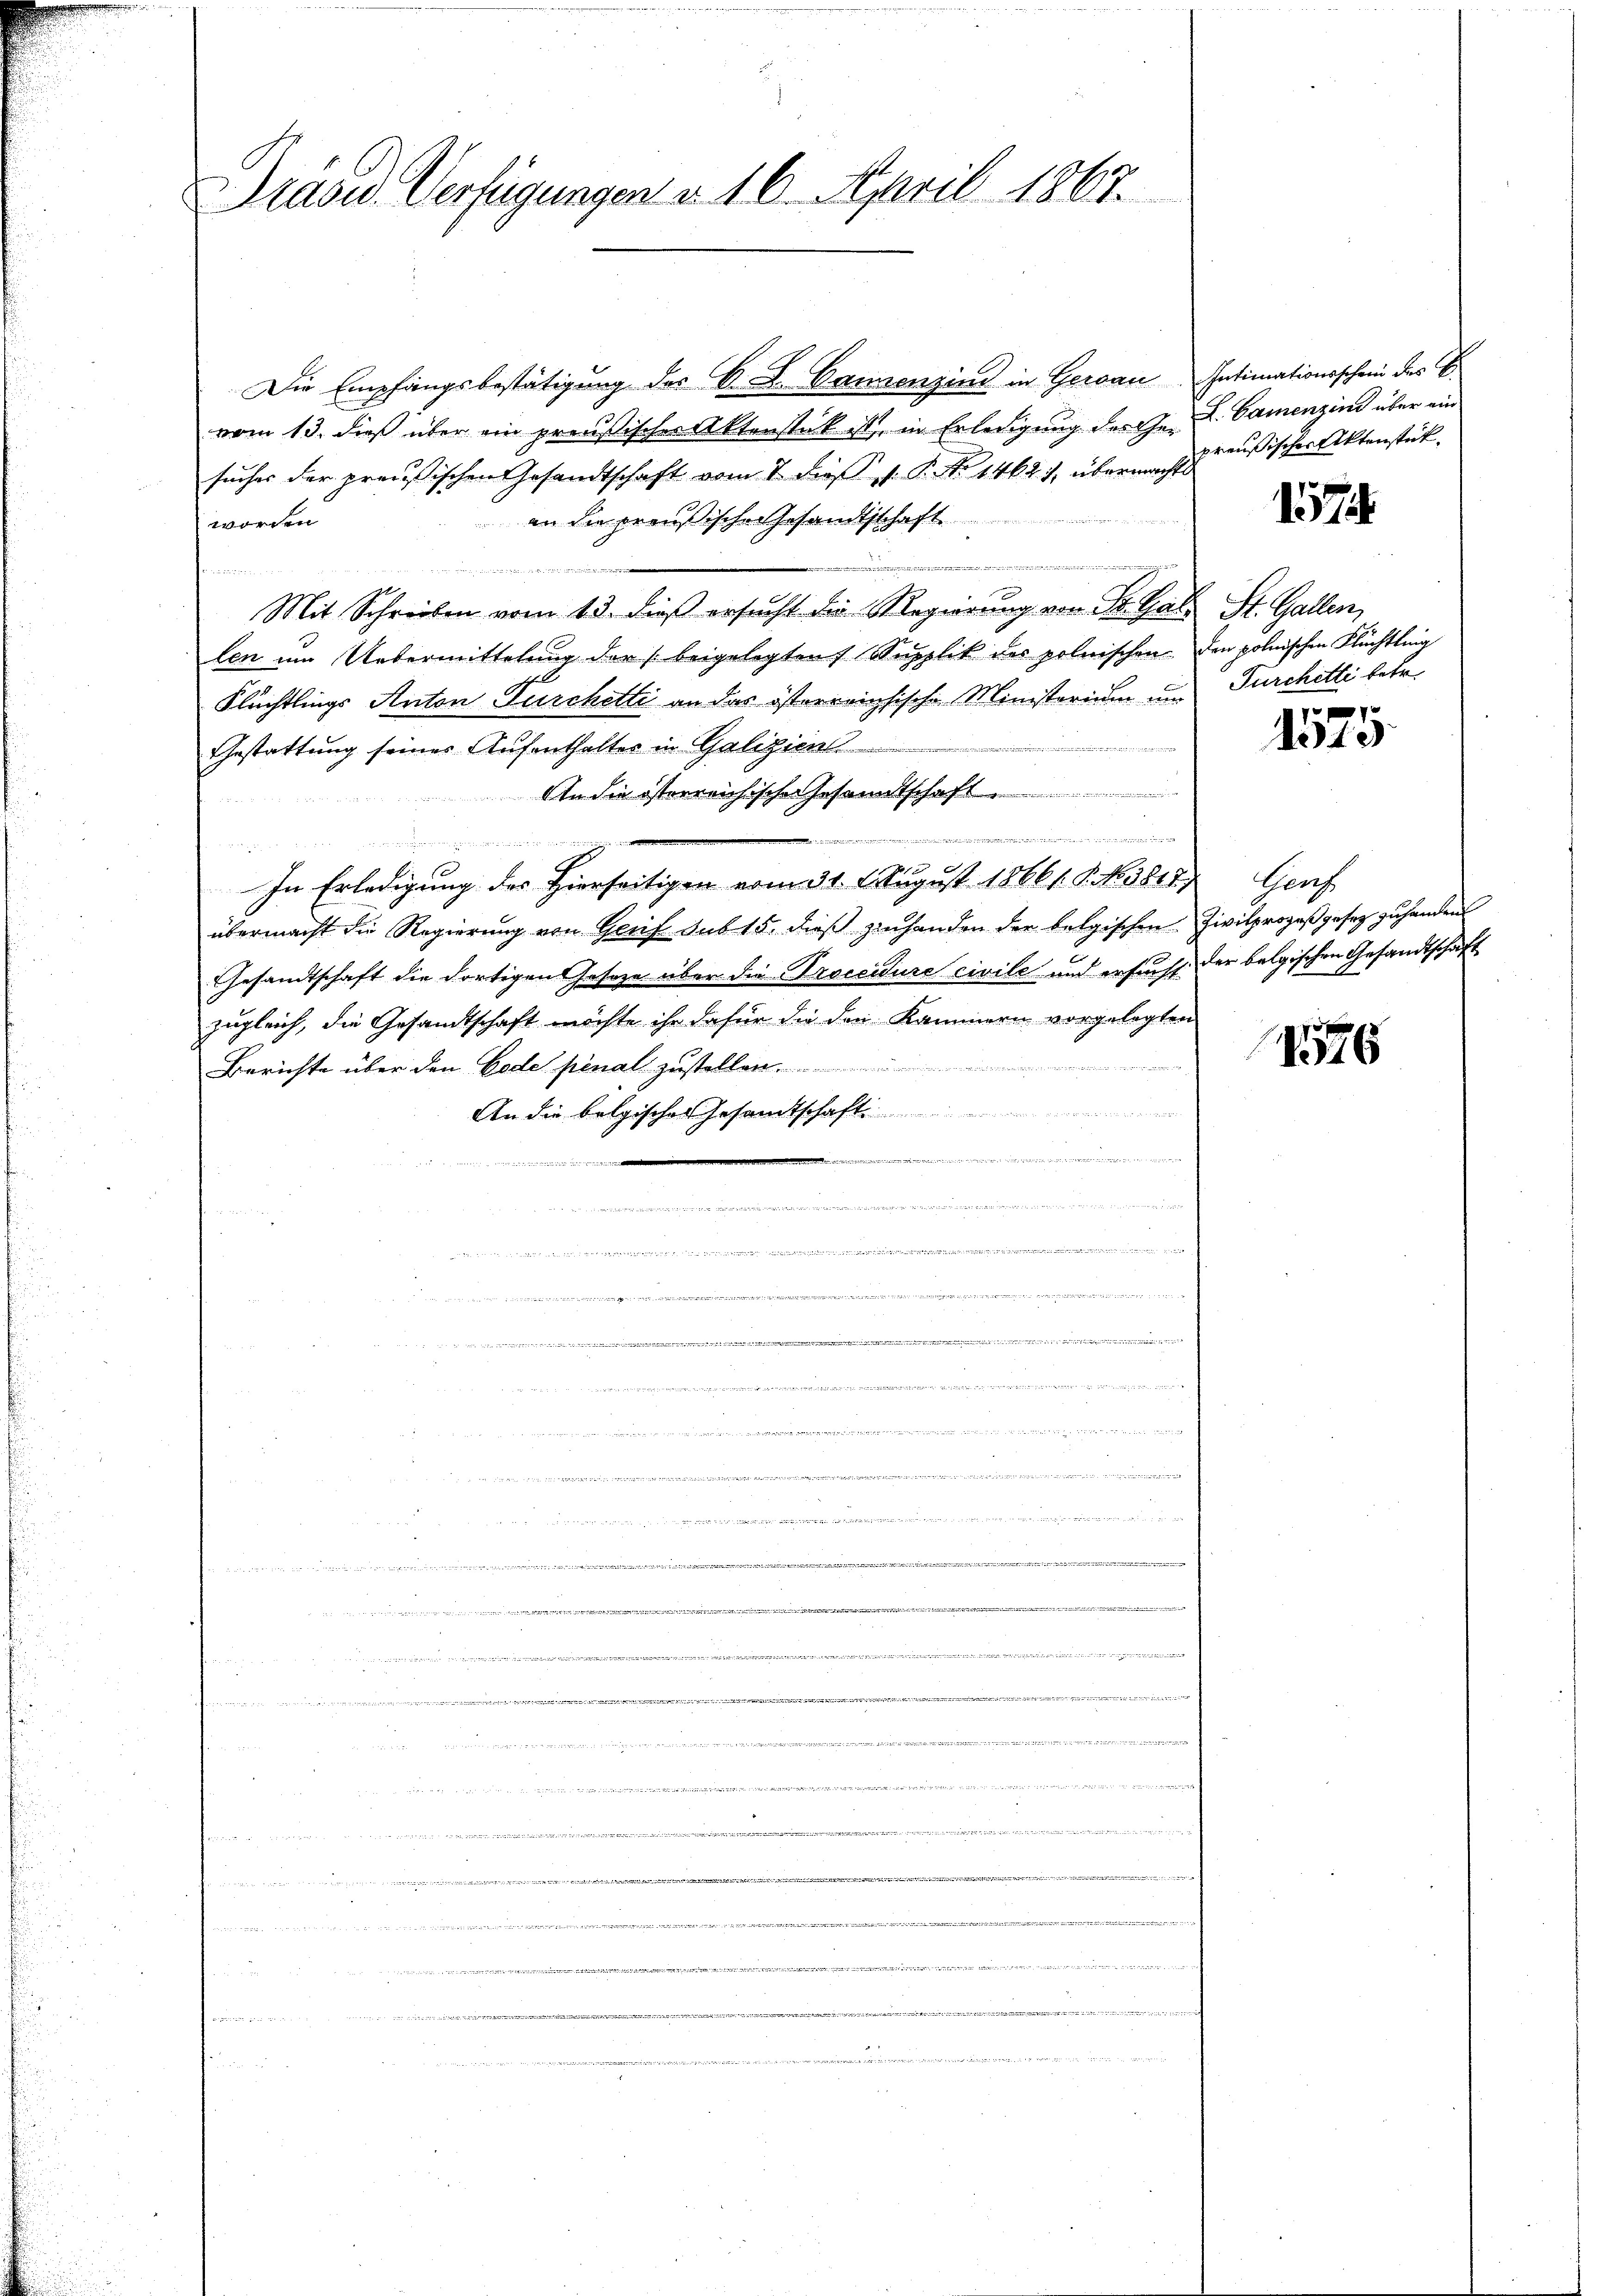
Präses Verfügungen v. 16. April 1863.

Die Empfangsbestätigung des B. L. Cannenzind in Gersau Intimationsschein des C.
vom 13. dieß über ein preußischer Aktenstück ist, in Erledigung der Hr. L. Camenzins über ein
suches der preußischen Gesandtschaft vom 7. dieß v. P. No 1462), übermachte
an die preußische Gesandtschaft
worden.
p. 7
u

d
Mit Schreiben vom 13. dieß ersucht die Regierung von St. Gals St. Gallen,
len um Uebermittelung der beigelegten Supplik des polnischen den polnischen Flüchtling
Flüchtlings Anton Durchetti an das österreichische Ministerium und Furchetti betr.
Gestattung seiner Aufenthalter in Galizien
An die österreichische Gesamtschaft ...............
inie

nen ein einen und
In Erledigung des Hierseitigen vom 31. August 18661. 8. No. 1817.
übermacht die Regierung von Greif sub 15. dieß zinhanden der belgischen Zivilprozeß gesez zu handen
Gesandtschaft die dortigen Gesetze über die Proccidure civile und ersucht der belgischen Gesandtschaft
zugleich, die Gesandtschaft möchte ihr dafür die den Kammern vorgelegten
Berichte über den Code pénal zustellen
An die belgisches Gesamtschaft
iinen an einen eingen wir einen

minischeiner

wenn

ee in den in den meine Wenn man wegen und
2   in gema
e
x
e
udien der der den bis der

.......................  ..
de
.en 223352515 f G. B. d. 21. 427, 11, 14 den seine

e
d

1444

t

preußischer Aktenstück.

1574

7
310

Gers

1576